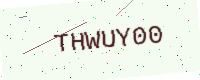
Text: THWUY00